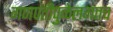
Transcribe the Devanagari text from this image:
गणपतीपुळेलगतच